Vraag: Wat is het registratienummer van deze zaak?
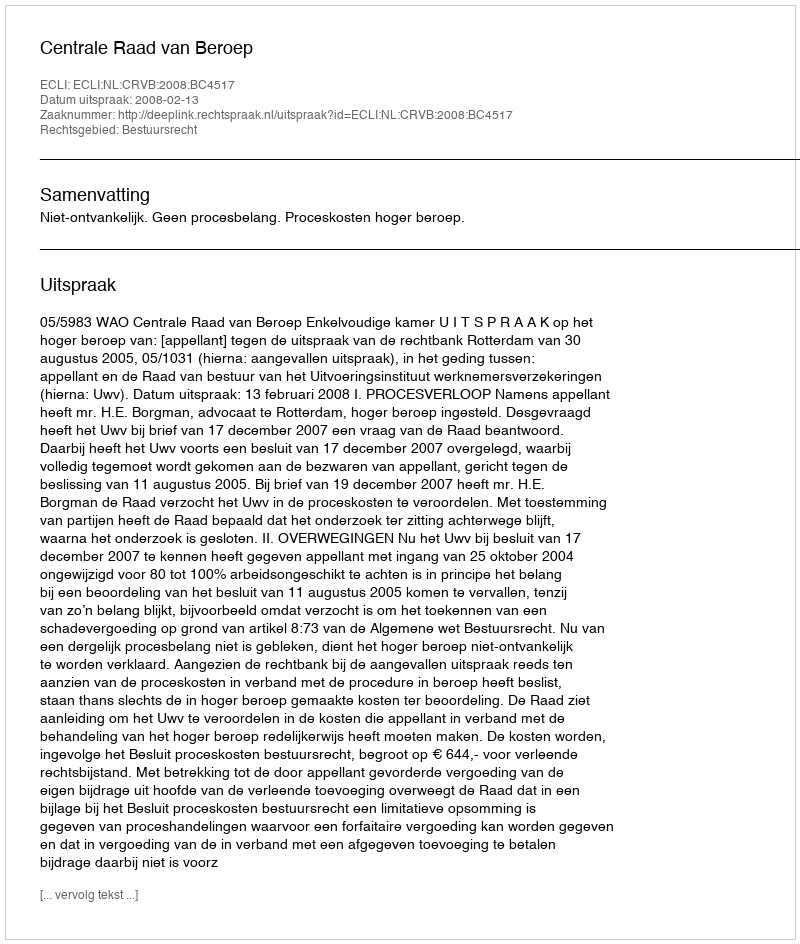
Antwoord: http://deeplink.rechtspraak.nl/uitspraak?id=ECLI:NL:CRVB:2008:BC4517